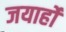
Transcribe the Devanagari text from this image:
जयार्हो